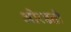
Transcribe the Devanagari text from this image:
ओरडतो